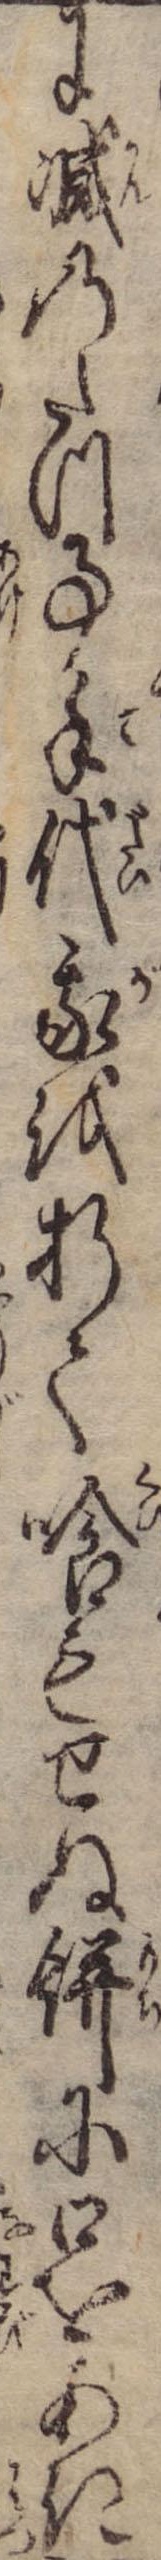
に減のたつ事手代我を折て喰もせぬ餅に口をあき